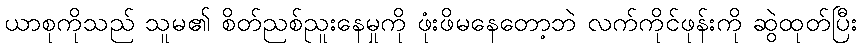
ယာစုကိုသည် သူမ၏ စိတ်ညစ်ညူးနေမှုကို ဖုံးဖိမနေတော့ဘဲ လက်ကိုင်ဖုန်းကို ဆွဲထုတ်ပြီး